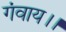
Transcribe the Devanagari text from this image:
गंवाय।।